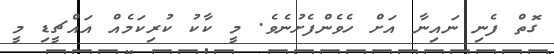
ގޮތް ފެނި ނައިނާ އަށް ހެވެންފެށުނެވެ. މީ ކާކު ކުރިކަމެއް އައްޗީޑި މީ